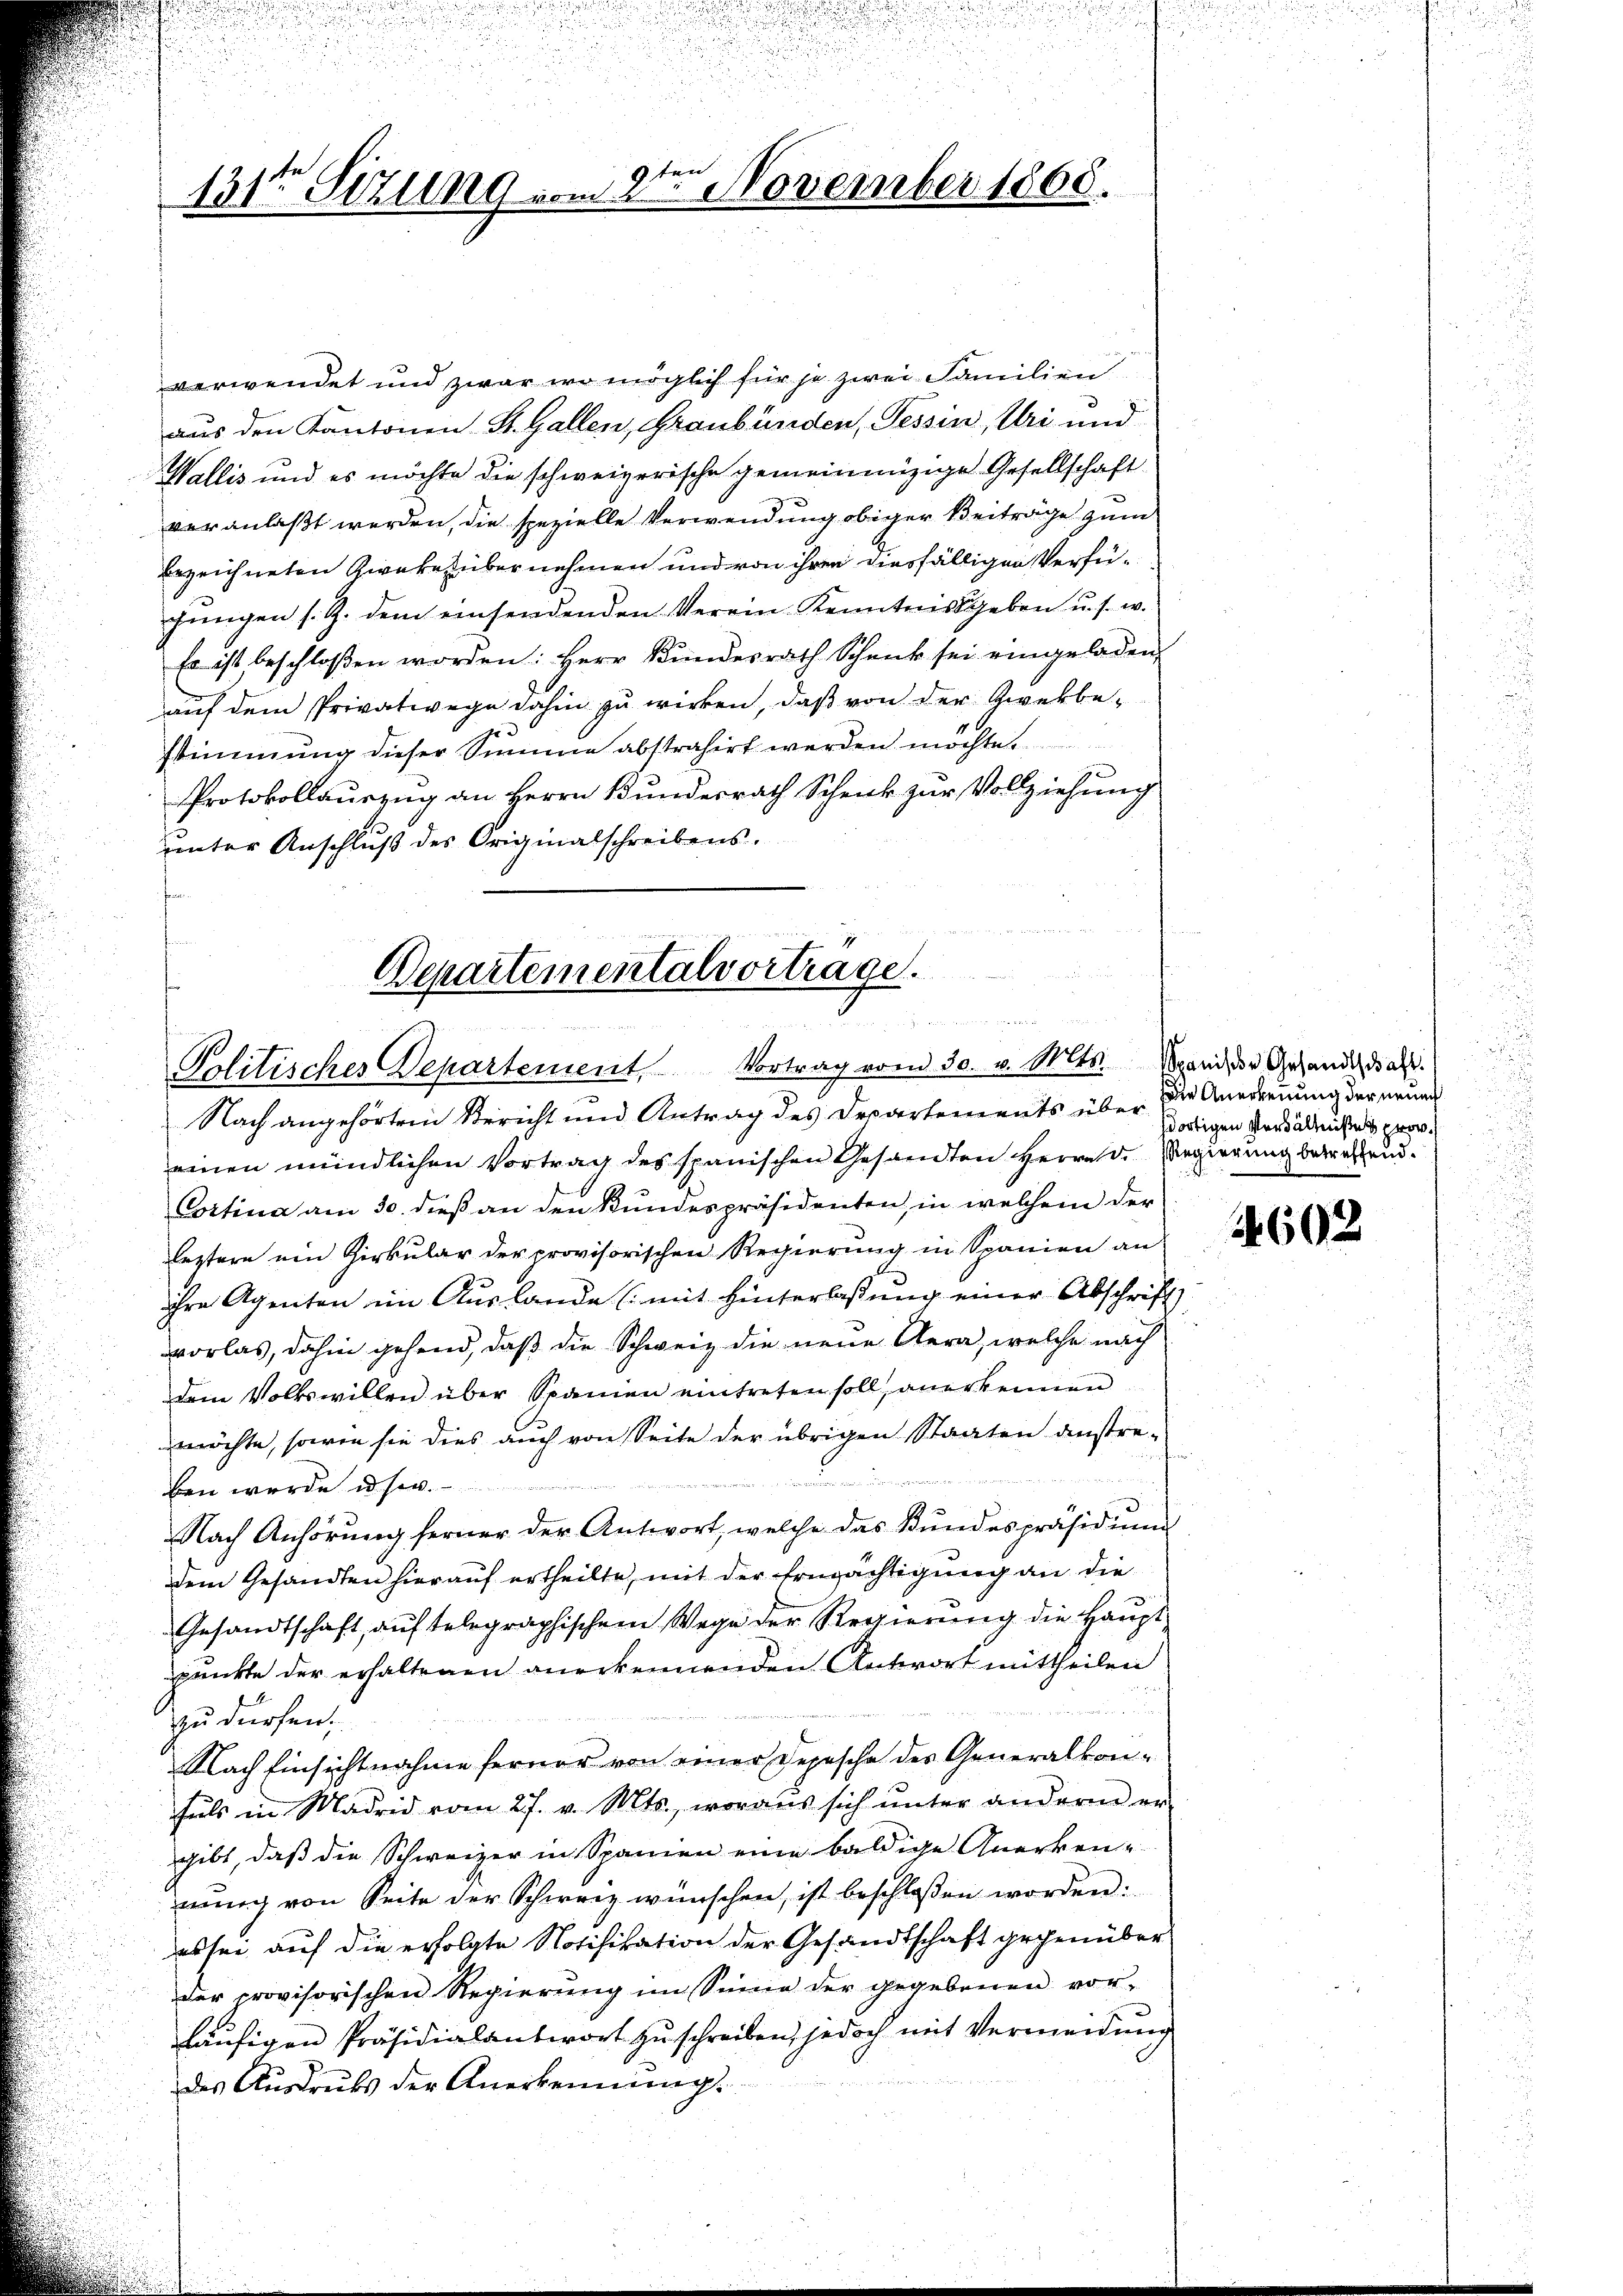
9ten
131ten Sizung vom 2. November 1868.

verwendet und zwar wo möglich für je zwei Familien
aus den Kantonen St. Gallen, Graubünden, Tessin, Uri und
Wallis und es möchte die schweizerische gemeinnüzige Gesellschaft
veranlaßt werden, die spezielle Verwendung obiger Beiträge zum
bezeichneten Zwecke übernehmen und von ihren diesfälligen Verfüjungen s. Z. dem einsendenden Verein Kenntnissgeben u. s. w.
Es ist beschloßen worden: Herr Bŭndesrath Schenk sei eingeladen,
auf dem Privatwege dahin zu wirken, daß von der Zwekbe-
stimmung dieser Summe abstrahirt werden möchte.
Protokollauszug an Herrn Bundesrath Schenk zur Vollziehung
unter Anschluß des Originalschreibens.
Departementalvortrage.

andten
Politisches Departement, Vortrag vom 30. v. Mts. Mani, der Gesandidat

Nach angehörten Bericht und Antrag des Departements über die Anerkennung der neuen
einen mündlichen Vortrag des spanischen Gesandten Herrn D. Regierung betreffend.
Cortina am 30. dieß an den Kundespräsidenten, in welchem der
leztern ein Zirkular der provisorischen Regierung in Spanien an
ihre Agenten im Auslande (mit Hinterlassung einer Abschrift
vorlas, dahin gehend, daß die Schweiz die neue Aera, welche nach
dem Volkswillen über Spanien eintreten soll, anerkennen
möchte, sowie sie dies auch von Seite der übrigen Staaten anstre-
n
ben wurde in sen.
u
Nach Anhörŭng ferner der Antwort, welche das Bundespräsidiŭm
dem Gesandten hierauf ertheilte, mit der Ermächtigung an die
Gesandtschaft aŭf telegraphischem Wege der Regierŭng die Haŭpt-
punkte der erhaltenen anerkennenden Antwort mittheilen
n
zu dürfen.
Nach Einsichtnahme ferner von einer Depesche des Generalkonhals in Madrid vom 27. v. Mts., woraus sich ŭnter andern er-
gibt, daß die Schweizer in Spanien eine baldige Anerken-
nung von Seite der Schweiz wünschen, ist beschloßen worden:
as sei auf die erfolgte Notifikation der Gesandtschaft gegenüber
der provisorischen Regierung im Sinne der gegebenen vor-
häufigen Präsidialantwort zu schreiben, jedoch mit Vermeidung
des Ausdrucks der Anerkennung.

sortigen Verhältnißes prov.

4602